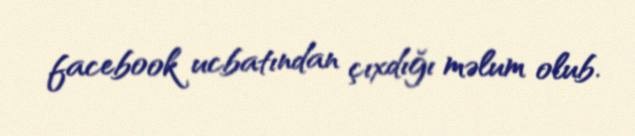
facebook ucbatından çıxdığı məlum olub.